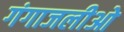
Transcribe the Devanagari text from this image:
गंगाजलीओ